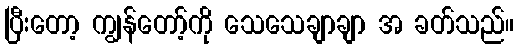
ပြီးတော့ ကျွန်တော့်ကို သေသေချာချာ အ ခတ်သည်။